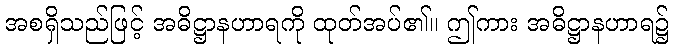
အစရှိသည်ဖြင့် အဓိဋ္ဌာနဟာရကို ထုတ်အပ်၏။ ဤကား အဓိဋ္ဌာနဟာရ၌